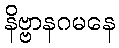
နိဗ္ဗာနဂမနေ